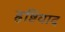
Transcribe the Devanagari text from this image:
हृष्टिवाद